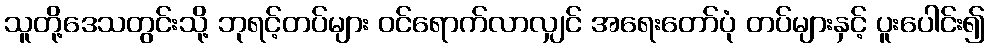
သူတို့ဒေသတွင်းသို့ ဘုရင့်တပ်များ ဝင်ရောက်လာလျှင် အရေးတော်ပုံ တပ်များနှင့် ပူးပေါင်း၍